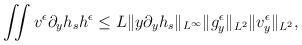
LaTeX: \begin{align*}\begin{aligned}\iint v^\epsilon \partial_y h_s h^\epsilon &\leq L \Vert y \partial_y h_{s} \Vert_{L^\infty}\Vert g^\epsilon_y \Vert_{L^2}\Vert v^\epsilon_y\Vert_{L^2},\end{aligned}\end{align*}